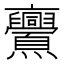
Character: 𠆠